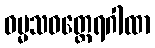
ဓမ္မသဝတ္ထေရဂါထာ